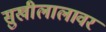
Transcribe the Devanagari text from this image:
सुखीलालावर